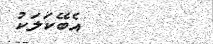
އެބޭކަލަކު